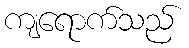
ကျရောက်သည်